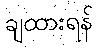
ချထားရန်